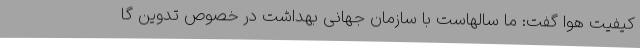
کیفیت هوا گفت: ما سالهاست با سازمان جهانی بهداشت در خصوص تدوین گا